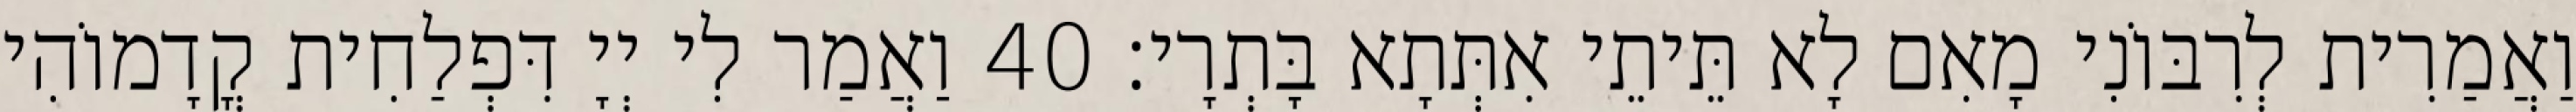
וַאֲמַרִית לְרִבּוֹנִי מָאִם לָא תֵּיתֵי אִתְּתָא בָּתְרָי׃ 40 וַאֲמַר לִי יְיָ דִּפְלַחִית קֳדָמוֹהִי